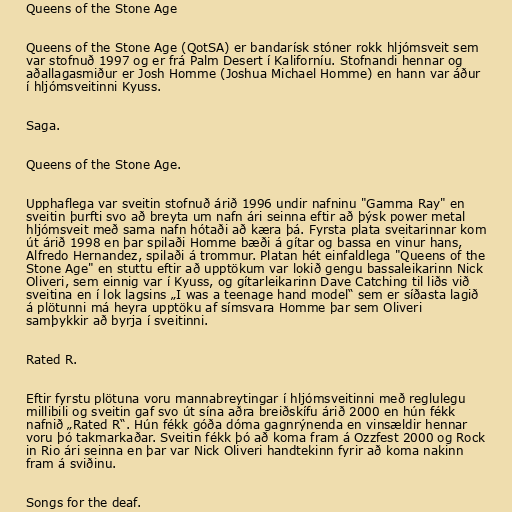
Queens of the Stone Age

Queens of the Stone Age (QotSA) er bandarísk stóner rokk hljómsveit sem
var stofnuð 1997 og er frá Palm Desert í Kaliforníu. Stofnandi hennar og
aðallagasmiður er Josh Homme (Joshua Michael Homme) en hann var áður
í hljómsveitinni Kyuss.

Saga.

Queens of the Stone Age.

Upphaflega var sveitin stofnuð árið 1996 undir nafninu "Gamma Ray" en
sveitin þurfti svo að breyta um nafn ári seinna eftir að þýsk power metal
hljómsveit með sama nafn hótaði að kæra þá. Fyrsta plata sveitarinnar kom
út árið 1998 en þar spilaði Homme bæði á gítar og bassa en vinur hans,
Alfredo Hernandez, spilaði á trommur. Platan hét einfaldlega "Queens of the
Stone Age" en stuttu eftir að upptökum var lokið gengu bassaleikarinn Nick
Oliveri, sem einnig var í Kyuss, og gítarleikarinn Dave Catching til liðs við
sveitina en í lok lagsins „I was a teenage hand model“ sem er síðasta lagið
á plötunni má heyra upptöku af símsvara Homme þar sem Oliveri
samþykkir að byrja í sveitinni.

Rated R.

Eftir fyrstu plötuna voru mannabreytingar í hljómsveitinni með reglulegu
millibili og sveitin gaf svo út sína aðra breiðskífu árið 2000 en hún fékk
nafnið „Rated R“. Hún fékk góða dóma gagnrýnenda en vinsældir hennar
voru þó takmarkaðar. Sveitin fékk þó að koma fram á Ozzfest 2000 og Rock
in Rio ári seinna en þar var Nick Oliveri handtekinn fyrir að koma nakinn
fram á sviðinu.

Songs for the deaf.